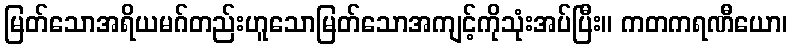
မြတ်သောအရိယမဂ်တည်းဟူသောမြတ်သောအကျင့်ကိုသုံးအပ်ပြီး။ ကတကရဏီယော၊